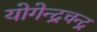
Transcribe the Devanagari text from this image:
योगेन्द्रचन्द्र